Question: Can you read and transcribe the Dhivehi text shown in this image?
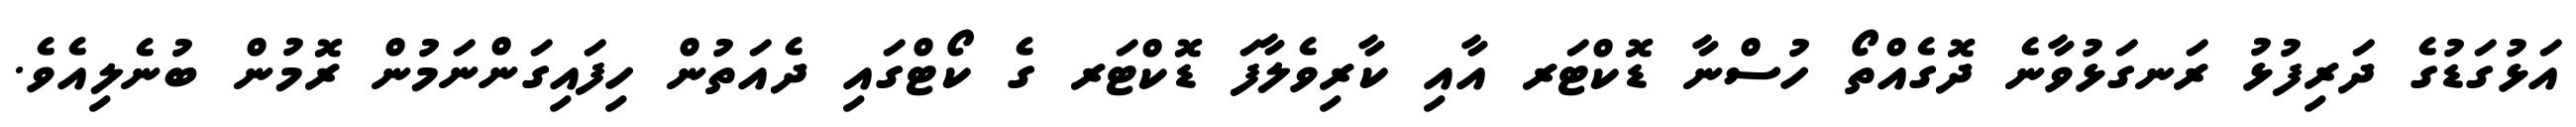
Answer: އަޅުގަޑުގެ ދަރިފުޅު ރަނގަޅުވާނެ ދޮގެއްތޯ ހުސްނާ ޑޮކްޓަރ އާއި ކާރިވެލާފަ ޑޮކްޓަރ ގެ ކޯޓްގައި ދެއަތުން ހިފައިގަންނަމުން ރޮމުން ބުނެލިއެވެ.